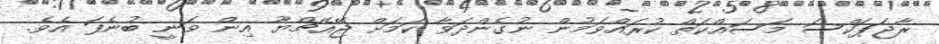
ރާޖަޕަކްސަ މަސައްކަތް ކުރައްވަމުން ނުގެންދަވާ ކަަމަށް ޖޭއެޗްޔޫ އިން ވަނީ ބުނެފަ އެވެ.